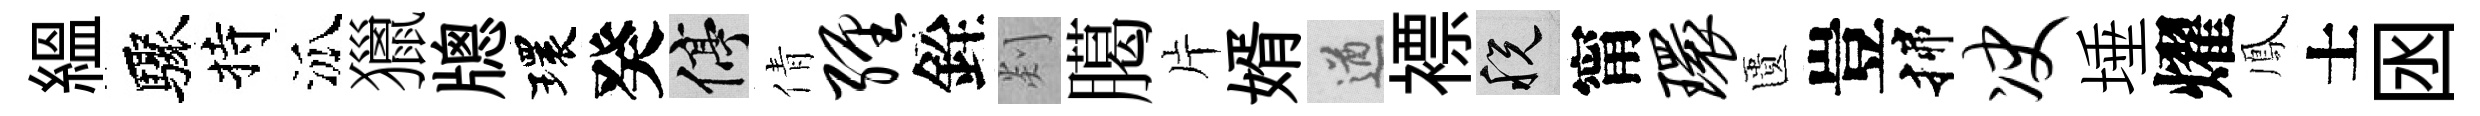
緼驟持泒獵牕環癸停倩缠銓剡臈片婿遒褾税甯环匱豈揲决埵燿鳳士囦